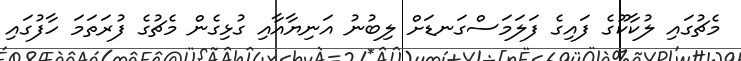
މެޗުގައި ލުކާކޫގެ ފައިގެ ފަލަމަސްގަނޑަށް ލިބުނު އަނިޔާއާއި ގުޅިގެން މެޗުގެ ފުރަތަމަ ހާފުގައި